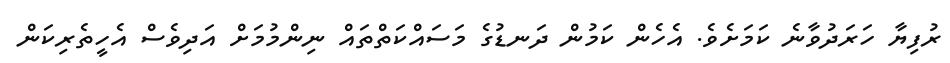
ރުފިޔާ ހަރަދުވާނެ ކަމަށެވެ. އެހެެން ކަމުން ދަނޑުގެ މަސައްކަތްތައް ނިންމުމަށް އަދިވެސް އެހީތެރިކަން